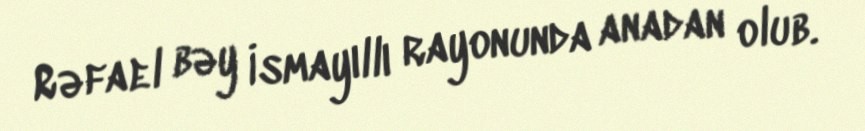
Rəfael bəy İsmayıllı rayonunda anadan olub.